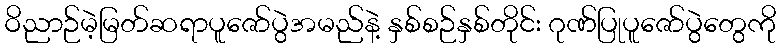
ဝိညာဉ်မဲ့မြတ်ဆရာပူဇော်ပွဲအမည်နဲ့ နှစ်စဉ်နှစ်တိုင်း ဂုဏ်ပြုပူဇော်ပွဲတွေကို